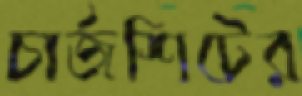
চার্জশিটের